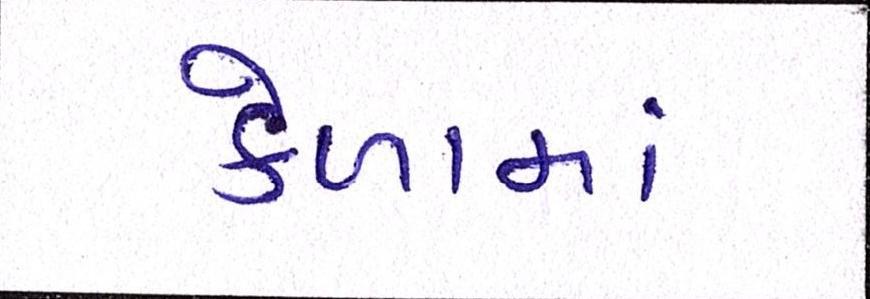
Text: કેળામાં